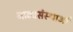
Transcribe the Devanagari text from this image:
नाट्यसंस्थाओं